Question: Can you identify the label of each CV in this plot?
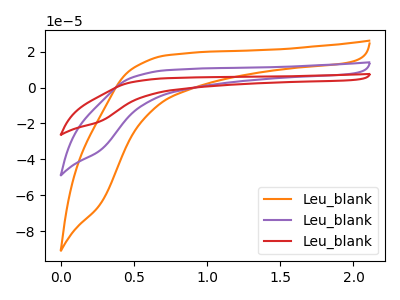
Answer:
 <answer>The orange curve is labeled "Leu_blank1". The purple curve is labeled "Leu_blank2". The red curve is labeled "Leu_blank3".</answer>
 <eval></eval>